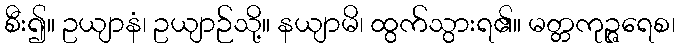
စီး၍။ ဥယျာနံ၊ ဥယျာဉ်သို့။ နယျာမိ၊ ထွက်သွားရ၏။ မတ္တကုဉ္ဇရေစ၊